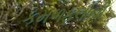
કમળફૂલોની